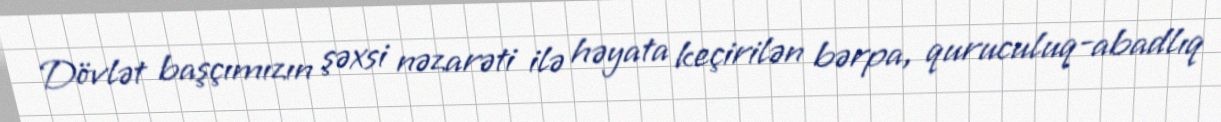
Dövlət başçımızın şəxsi nəzarəti ilə həyata keçirilən bərpa, quruculuq-abadlıq